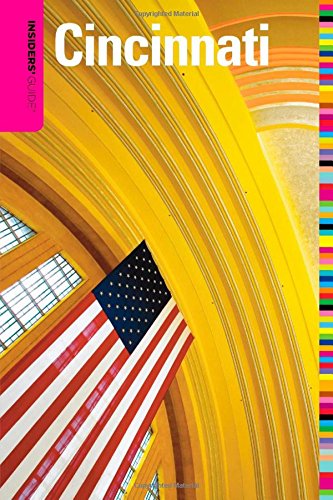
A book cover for Insiders' GuideÂ® to Cincinnati (Insiders' Guide Series); Felix Winternitz; Travel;